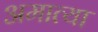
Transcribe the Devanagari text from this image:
अमात्या